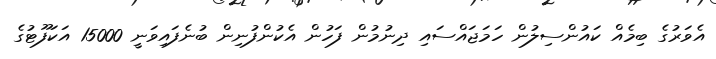
އެވަރުގެ ބިމެއް ކައުންސިލުން ހަމަޖައްސައި ދިނުމުން ފަހުން އެކުންފުނިން ބުނެފައިވަނީ 15000 އަކަފޫޓުގެ